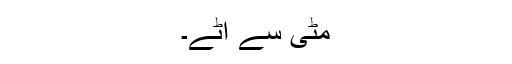
مٹی سے اٹے۔